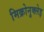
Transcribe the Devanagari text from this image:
मिक्रोनुक्लेइ